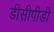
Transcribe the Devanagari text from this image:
डीसीपीडी